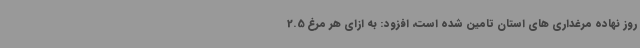
روز نهاده مرغداری های استان تامین شده است، افزود: به ازای هر مرغ 2.5